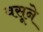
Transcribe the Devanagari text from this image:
वसूने